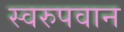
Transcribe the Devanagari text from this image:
स्वरुपवान